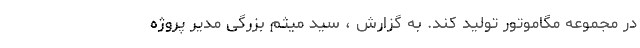
در مجموعه مگاموتور توليد كند. به گزارش ، سید میثم بزرگی مدیر پروژه